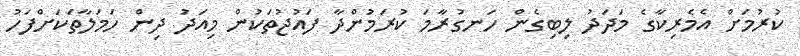
ކުރުމަށް އެމެރިކާގެ މަދަދު ލިބިގެން ހަނގުރާމަ ކުރަމުންދާ ފައުޖުތަކުން މިއަދު ދިން ހަމަލާތަކަށްފަހު